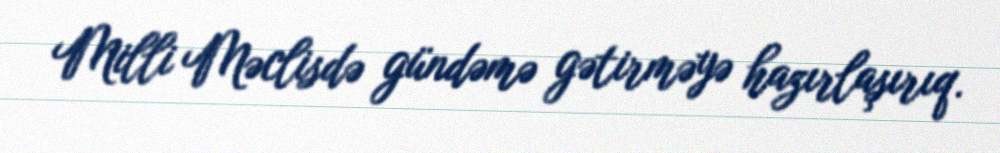
Milli Məclisdə gündəmə gətirməyə hazırlaşırıq.